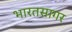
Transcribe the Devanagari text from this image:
भारतसागर